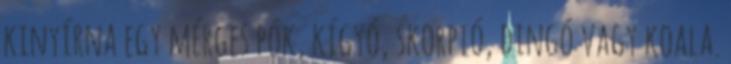
kinyírna egy mérges pók, kígyó, skorpió, dingó vagy koala.